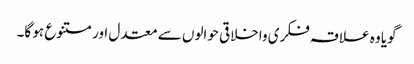
گویا وہ علاقہ فکری واخلاقی حوالوں سے معتدل اور متنوع ہو گا۔